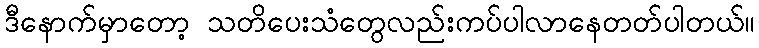
ဒီနောက်မှာတော့ သတိပေးသံတွေလည်းကပ်ပါလာနေတတ်ပါတယ်။